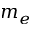
m _ { e }